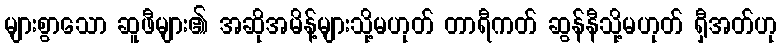
များစွာသော ဆူဖီများ၏ အဆိုအမိန့်များသို့မဟုတ် တာရီကတ် ဆွန်နီသို့မဟုတ် ရှီအတ်ဟု